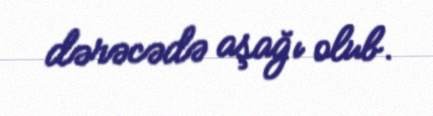
dərəcədə aşağı olub.